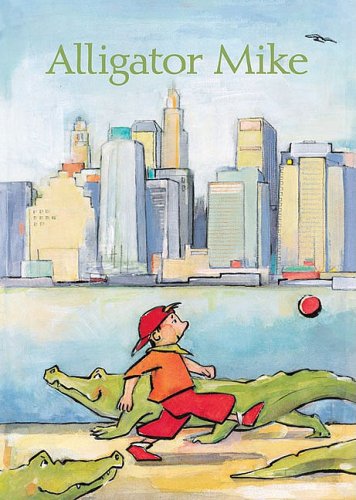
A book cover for Alligator Mike; Jurg Federspiel; Children's Books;